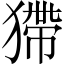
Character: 𤠹